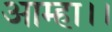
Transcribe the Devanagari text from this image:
आम्हा।।